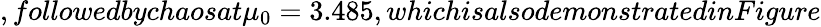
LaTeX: ,followedbychaosat\mu_{0}=3.485,whichisalsodemonstratedinFigure